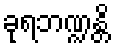
ခုရဘဏ္ဍန္တိ